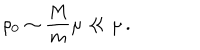
\rho _ { 0 } \sim { \frac { M } { m } } \mu \ll \mu \, .